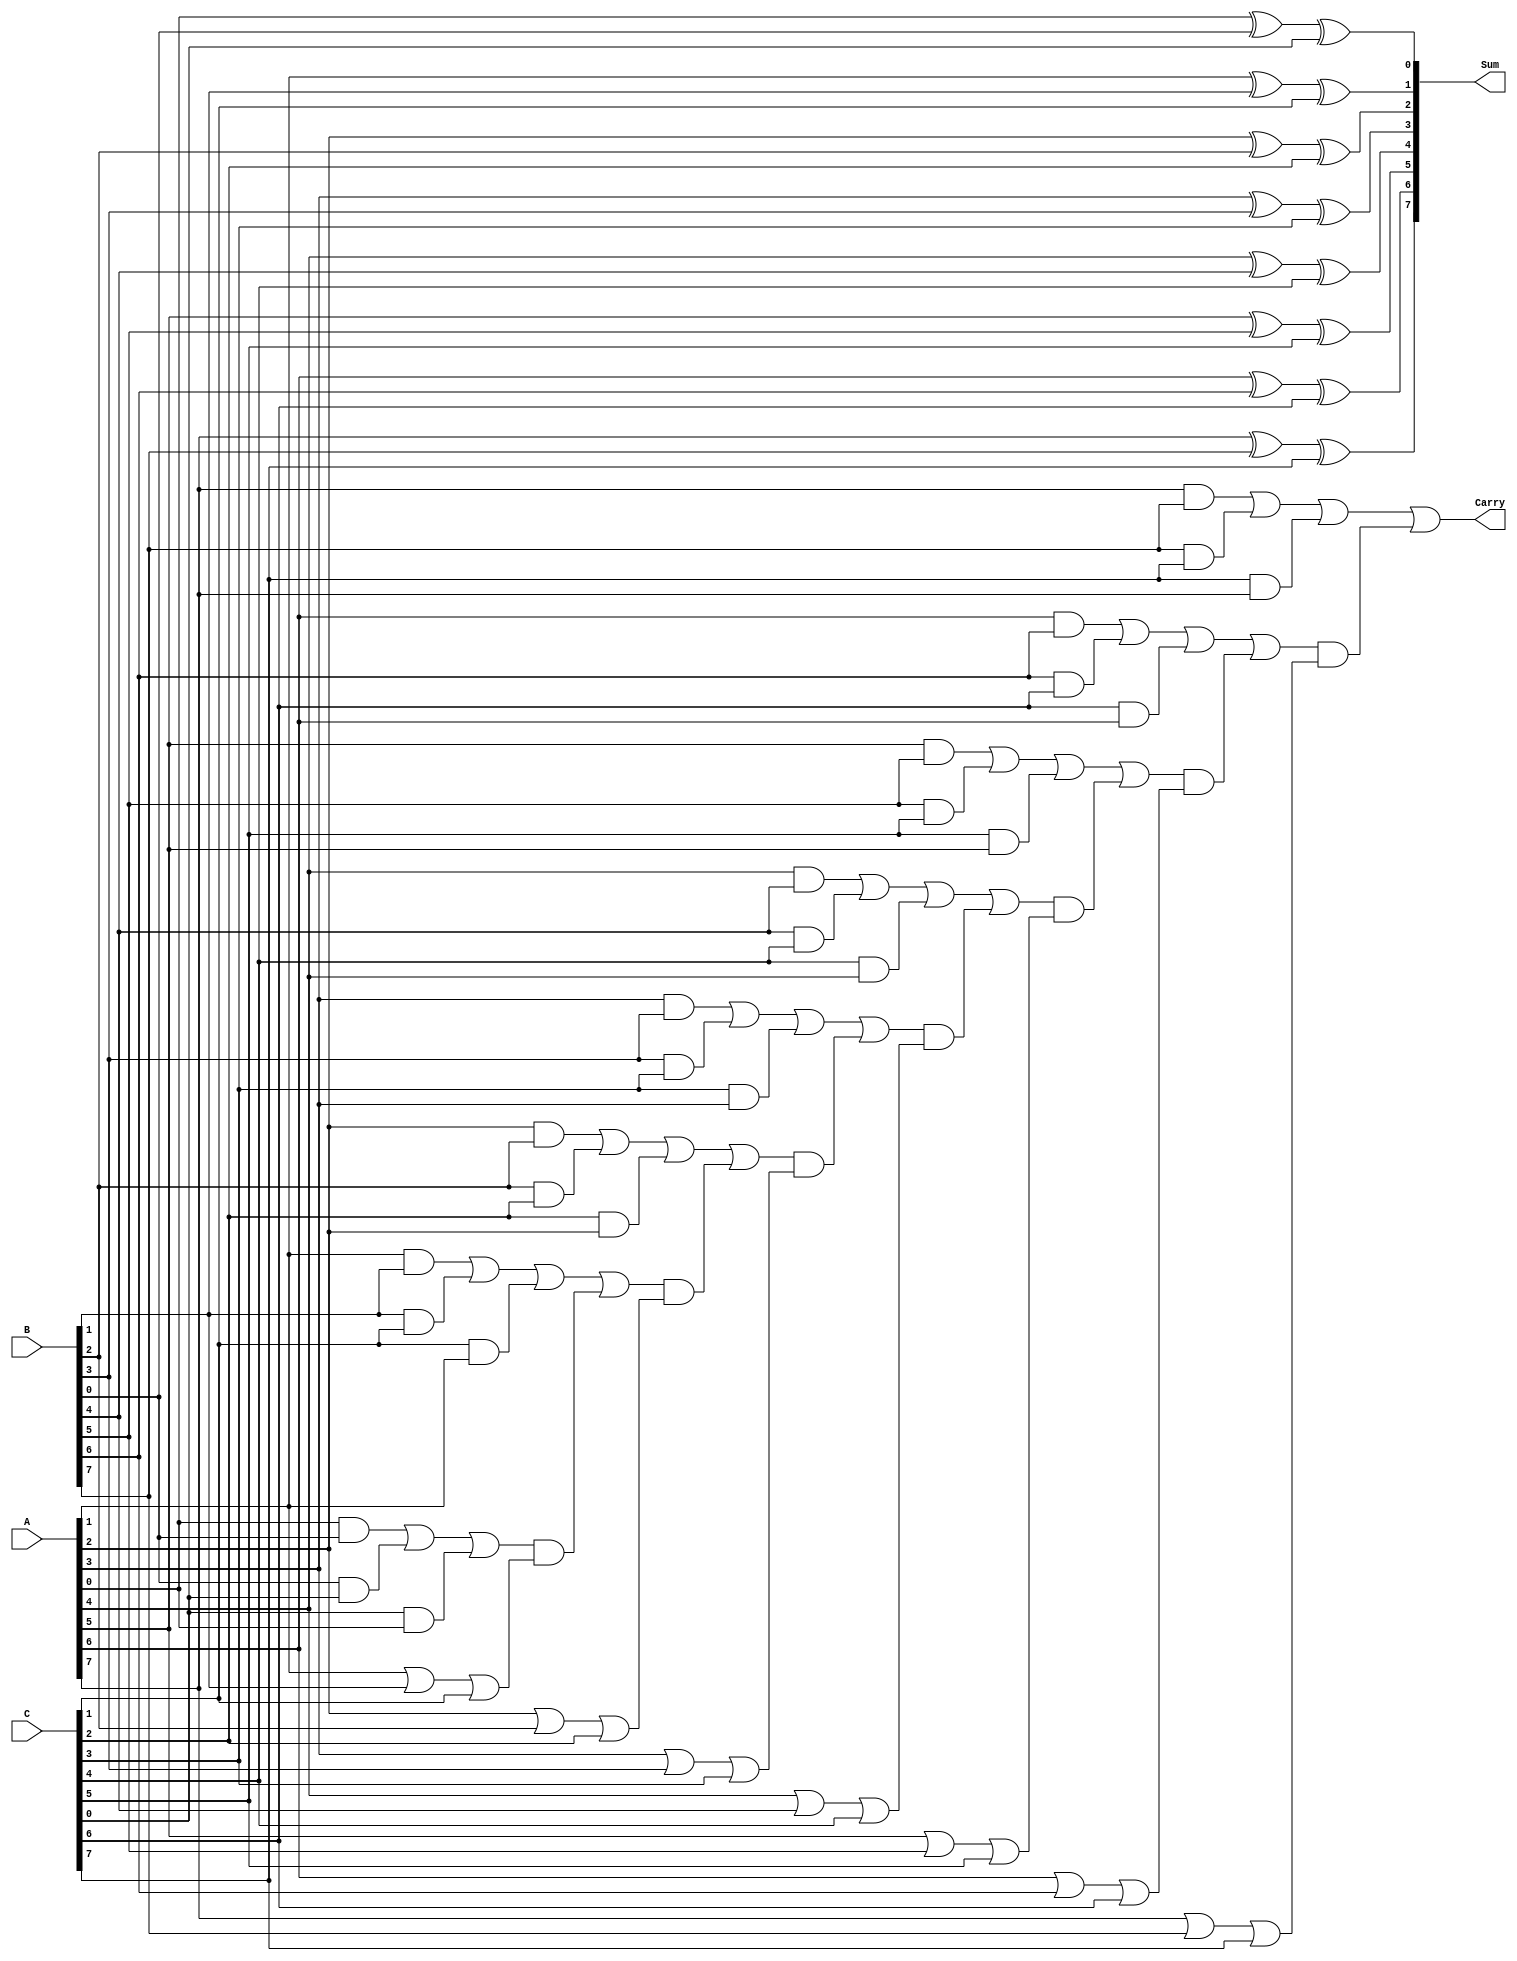
module RippleCarrySaveAdder #(parameter n = 8) (
    input  [n-1:0] A,  // First n-bit input
    input  [n-1:0] B,  // Second n-bit input
    input  [n-1:0] C,  // Third n-bit input
    output [n-1:0] Sum, // Final sum output
    output Carry        // Final carry output
);

    wire [n-1:0] P; // Partial sums
    wire [n-1:0] G; // Generated carries
    wire [n:0] C_out; // Carry outputs (n+1 to handle carry out)

    // Generate partial sums and carries
    genvar i;
    generate
        for (i = 0; i < n; i = i + 1) begin : adder_stage
            // Partial sum calculation
            assign P[i] = A[i] ^ B[i] ^ C[i];
            // Carry calculation
            assign G[i] = (A[i] & B[i]) | (B[i] & C[i]) | (C[i] & A[i]);
        end
    endgenerate

    // Carry propagation
    assign C_out[0] = 1'b0; // Initial carry input is 0
    generate
        for (i = 0; i < n; i = i + 1) begin : carry_stage
            assign C_out[i + 1] = G[i] | (C_out[i] & (A[i] | B[i] | C[i]));
        end
    endgenerate

    // Final outputs
    assign Sum = P;         // Final sum is the partial sum
    assign Carry = C_out[n]; // Final carry output

endmodule